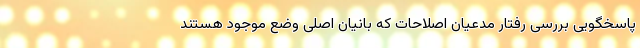
پاسخگویی بررسی رفتار مدعیان اصلاحات که بانیان اصلی وضع موجود هستند